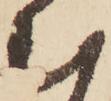
む